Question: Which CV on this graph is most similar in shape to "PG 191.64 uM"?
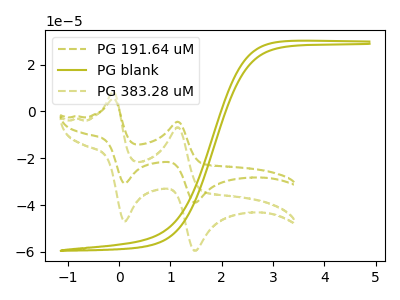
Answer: <think>The olive dashed curve "PG 191.64 uM" has anodic peaks at (-0.10V, 5.40uA) (1.15V, -4.45uA) and cathodic peaks at (0.10V, -30.75uA) (1.45V, -38.95uA). The olive curve "PG blank" has no peaks. The olive dashed curve "PG 383.28 uM" has anodic peaks at (-0.10V, 8.25uA) (1.15V, -6.80uA) and cathodic peaks at (0.10V, -46.95uA) (1.45V, -59.50uA).
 "PG 191.64 uM" and "PG blank" have a different number of peaks. All the peaks in "PG 191.64 uM" have a peak in "PG 383.28 uM" at the same potential. "PG blank" and "PG 383.28 uM" have a different number of peaks.</think>
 <answer>The CV with the most similar shape to "PG 383.28 uM" is "PG 191.64 uM".</answer>
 <eval>"PG 191.64 uM"</eval>